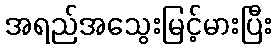
အရည်အသွေးမြင့်မားပြီး